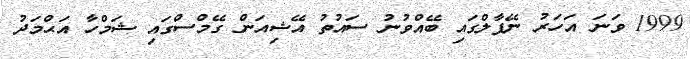
1999 ވަނަ އަހަރު ނޭޕާލްގައި ބޭއްވުނު ސައުތު އޭޝިއަން ގޭމްސްގައި ޝަމްހާ އަޙްމަދު